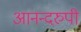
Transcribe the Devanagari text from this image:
आनन्दरुपी